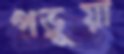
পড়ূয়া